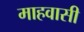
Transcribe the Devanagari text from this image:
माहवासी